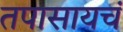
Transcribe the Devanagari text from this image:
तपासायचं